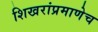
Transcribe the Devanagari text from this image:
शिखरांप्रमाणेच